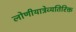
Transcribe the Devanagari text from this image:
लोणीयात्रेव्यतिरिक्त